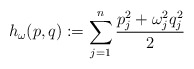
\begin{align*}h_{\omega}(p,q):=\sum_{j=1}^{n}\frac{p_j^2+\omega_j^2q_j^2}{2}\end{align*}